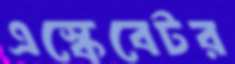
এস্কেবেটর